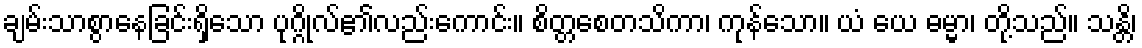
ချမ်းသာစွာနေခြင်းရှိသော ပုဂ္ဂိုလ်၏လည်းကောင်း။ စိတ္တစေတသိကာ၊ ကုန်သော။ ယံ ယေ ဓမ္မာ၊ တို့သည်။ သန္တိ၊